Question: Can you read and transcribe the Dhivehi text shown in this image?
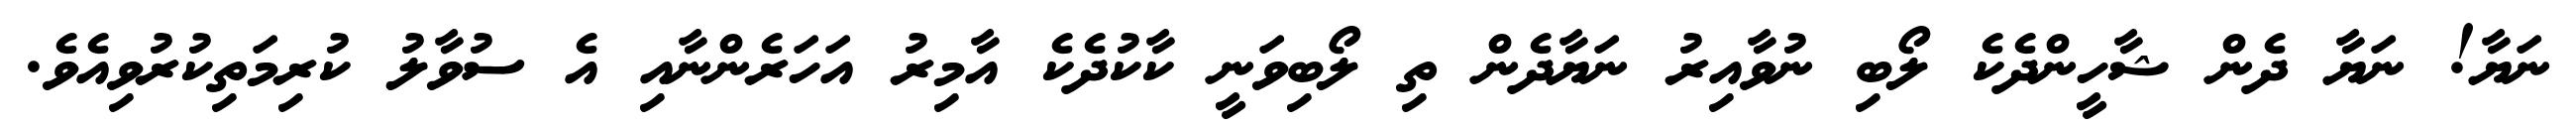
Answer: ނަޔާ! ނަޔާ ދެން ޝާހީންދެކެ ލޯބި ނުވާއިރު ނަޔާދެން ތި ލޯބިވަނީ ކާކުދެކެ އާމިރު އަހަރެންނާއި އެ ސުވާލު ކުރިމަތިކުރުވިއެވެ.